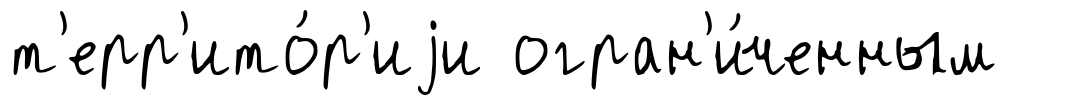
т'ерр'ито́р'иjи огран'и́ченным